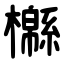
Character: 㰃